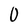
Character: 0